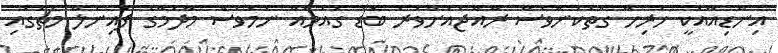
އިންޑިއާއަކީ ހުރިހާ ގޮތަކުންވެސް ރާއްޖެއަށްވުރެ ބޮޑު ގައުމެއް ނަމަވެސް މާދަމާގެ ފައިނަލް މެޗުގައި